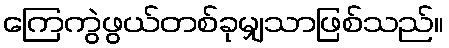
ကြေကွဲဖွယ်တစ်ခုမျှသာဖြစ်သည်။